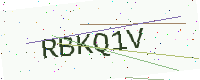
Text: RBKQ1V